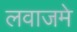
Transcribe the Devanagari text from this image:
लवाजमे